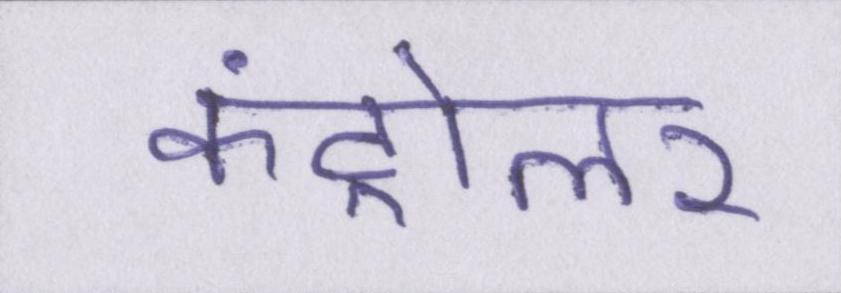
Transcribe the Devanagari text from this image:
कंट्रोलर